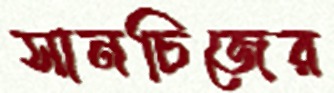
সানচিজের